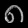
Digit: ၈